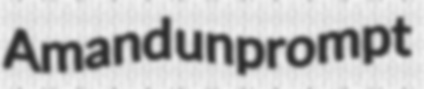
Amand unprompt